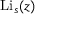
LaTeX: \operatorname { L i } _ { s } ( z )